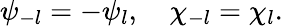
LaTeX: \psi_{-l}=-\psi_{l},\quad\chi_{-l}=\chi_{l}.